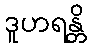
ဒူဟရန္တိ